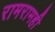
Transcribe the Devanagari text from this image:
रामरामही